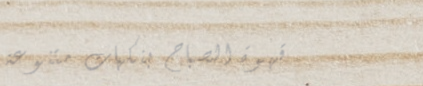
قهوة الصباح بنكهات متنوعة